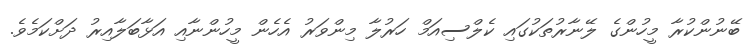
ބޭނުންކުރާ މީހުންގެ ލޭނާރުތަކުގައި ކެލްސިއަމް ހަރުލާ މިންވަރު އެހެން މީހުންނާއި އަޅާބަލާއިރު ދަށްކަމެވެ.